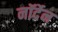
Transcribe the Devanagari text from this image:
नॉर्देन